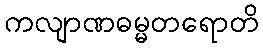
ကလျာဏဓမ္မတရောတိ